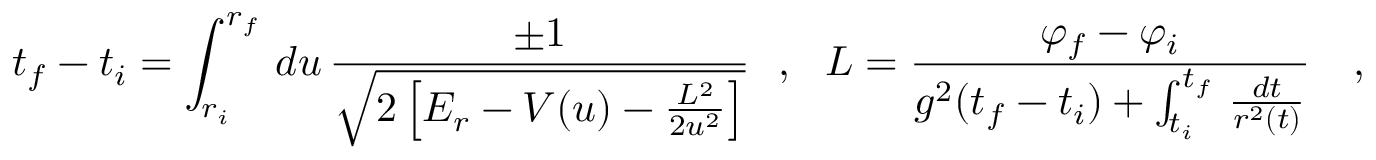
t _ { f } - t _ { i } = \int _ { r _ { i } } ^ { r _ { f } } \, d u \, \frac { \pm 1 } { \sqrt { 2 \left[ E _ { r } - V ( u ) - \frac { L ^ { 2 } } { 2 u ^ { 2 } } \right] } } \ \ , \ \ L = \frac { \varphi _ { f } - \varphi _ { i } } { g ^ { 2 } ( t _ { f } - t _ { i } ) + \int _ { t _ { i } } ^ { t _ { f } } \, \frac { d t } { r ^ { 2 } ( t ) } } \ \ \ ,